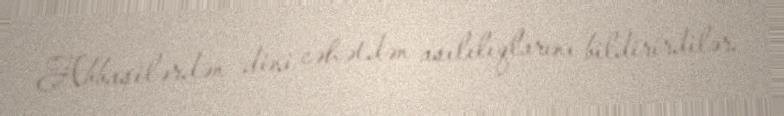
Abbasilərdən dini cəhətdən asılılıqlarını bildirirdilər.